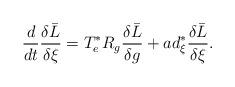
LaTeX: \begin{align*}\frac{d}{dt}\frac{\delta \bar{L}}{\delta \xi }=T_{e}^{\ast }R_{g}\frac{\delta \bar{L}}{\delta g}+ad_{\xi }^{\ast }\frac{\delta \bar{L}}{\delta \xi }. \end{align*}